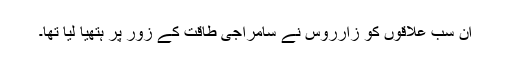
ان سب علاقوں کو زارروس نے سامراجی طاقت کے زور پر ہتھیا لیا تھا۔